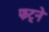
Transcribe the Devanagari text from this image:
फट्ने